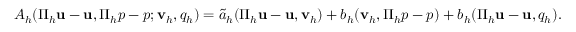
\begin{array} { r } { A _ { h } ( \Pi _ { h } \mathbf { u } - \mathbf { u } , \Pi _ { h } p - p ; \mathbf { v } _ { h } , q _ { h } ) = \widetilde { a } _ { h } ( \Pi _ { h } \mathbf { u } - \mathbf { u } , \mathbf { v } _ { h } ) + b _ { h } ( \mathbf { v } _ { h } , \Pi _ { h } p - p ) + b _ { h } ( \Pi _ { h } \mathbf { u } - \mathbf { u } , q _ { h } ) . } \end{array}